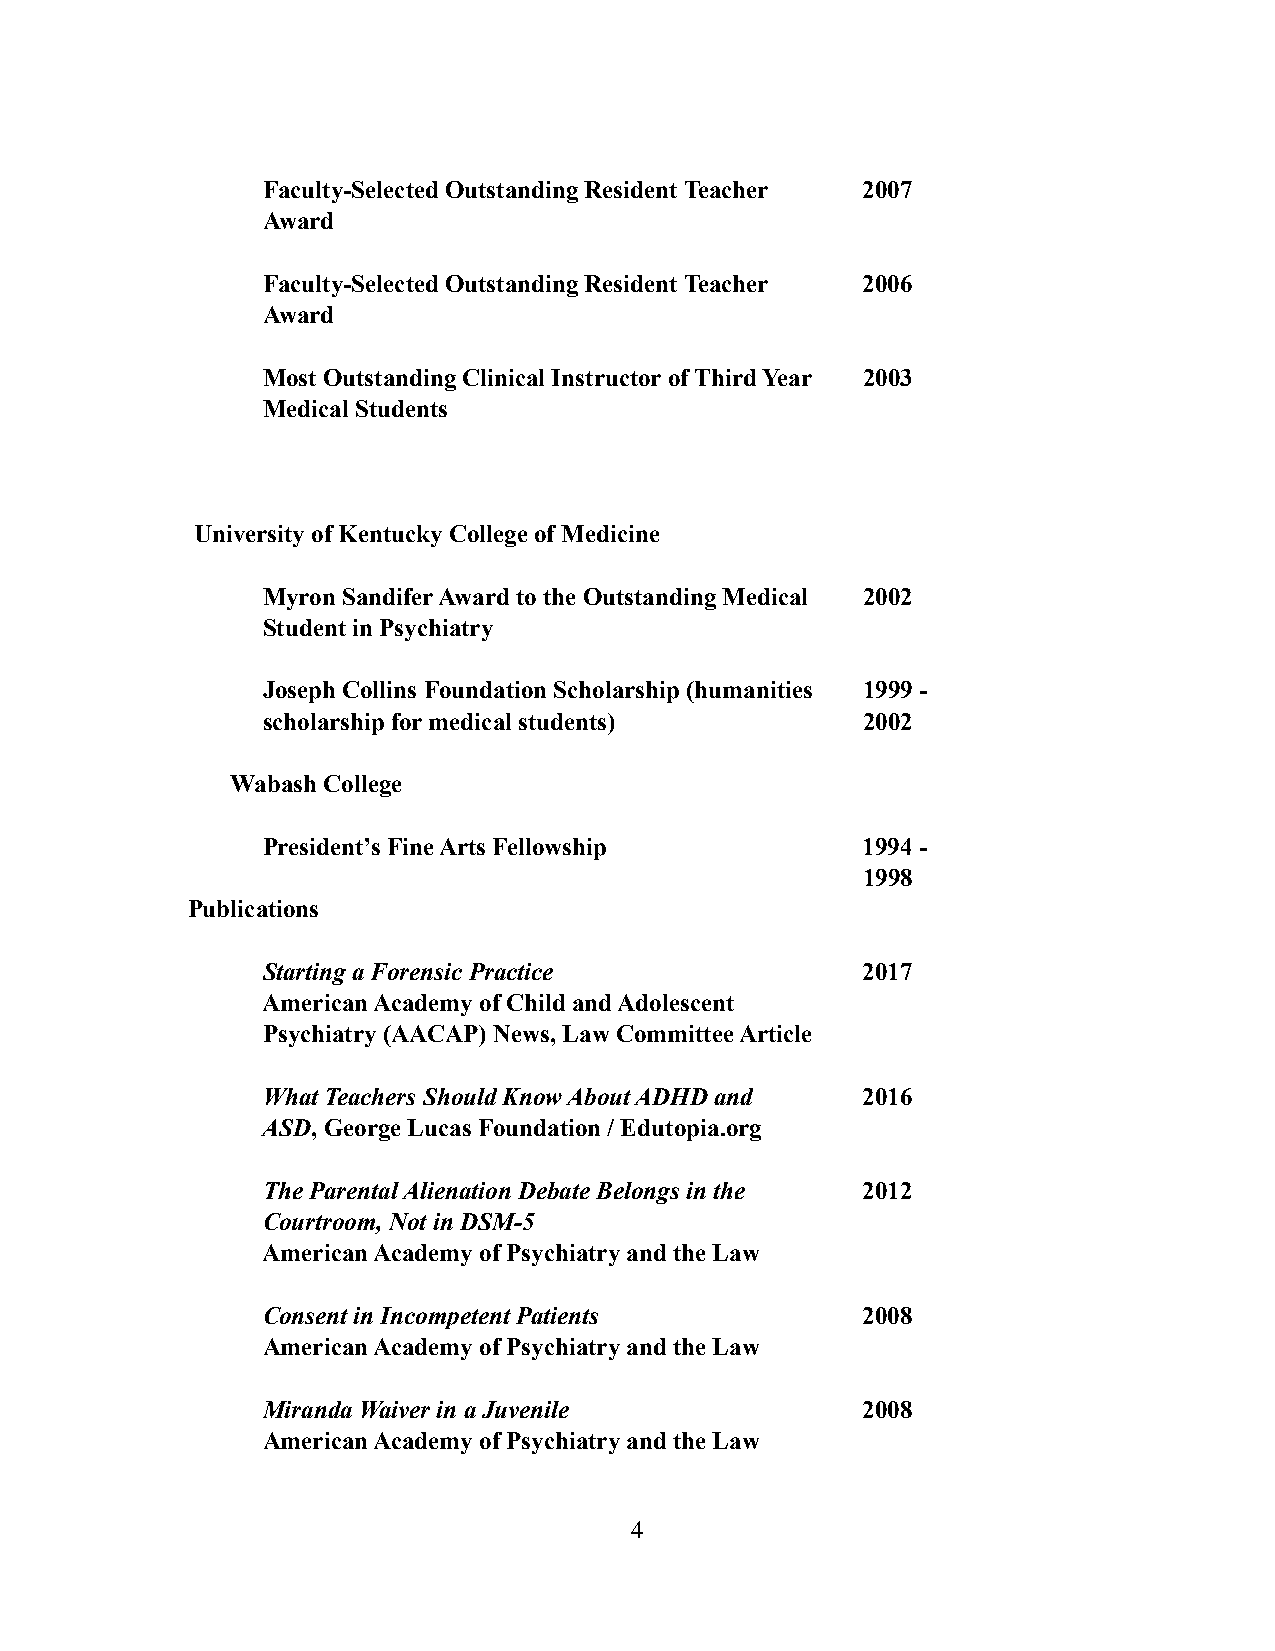
Faculty-Selected Outstanding Resident Teacher 2007
 Award
 Faculty-Selected Outstanding Resident Teacher 2006
 Award
 Most Outstanding Clinical Instructor of Third Year 2003
 Medical Students
 University of Kentucky College of Medicine
 Myron Sandifer Award to the Outstanding Medical 2002
 Student in Psychiatry
 Joseph Collins Foundation Scholarship (humanities 1999 -
 scholarship for medical students)       2002
 Wabash College
 President’s Fine Arts Fellowship        1994 -
 1998
 Publications
 Starting a Forensic Practice            2017
 American Academy of Child and Adolescent
 Psychiatry (AACAP) News, Law Committee Article
 What Teachers Should Know About ADHD and 2016
 ASD, George Lucas Foundation / Edutopia.org
 The Parental Alienation Debate Belongs in the 2012
 Courtroom, Not in DSM-5
 American Academy of Psychiatry and the Law
 Consent in Incompetent Patients         2008
 American Academy of Psychiatry and the Law
 Miranda Waiver in a Juvenile            2008
 American Academy of Psychiatry and the Law
 !4